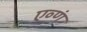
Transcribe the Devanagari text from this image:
एव्णं